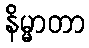
နိမ္မာတာ